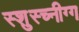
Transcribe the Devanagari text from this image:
स्शुस्च्नीग्ग